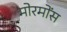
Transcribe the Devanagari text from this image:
मोरमोंस